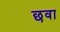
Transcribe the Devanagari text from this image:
छवा